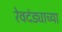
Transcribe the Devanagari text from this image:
रेवदंड्याच्या